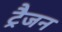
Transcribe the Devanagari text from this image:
ट्रैजन